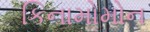
કિનામોમોન